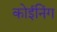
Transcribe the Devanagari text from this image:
कोईनिंग